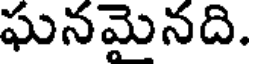
ఘనమైనది.